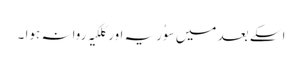
اسکے بعد میں سوُریہ اور کلکیہ روانہ ہوا ۔